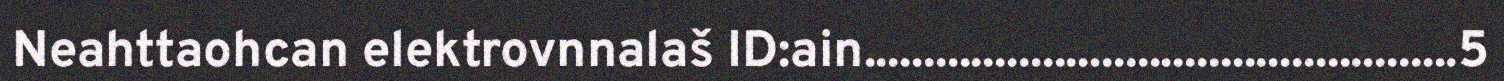
Neahttaohcan elektrovnnalaš ID:ain..................................................5